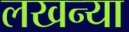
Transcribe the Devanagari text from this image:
लखन्या